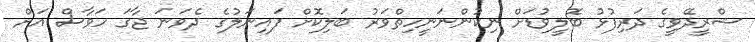
ޝްރީދޭވީގެ ދަރިފުޅު ބޮލީވުޑަށް ނިކުންނަނީހިތްވަރު ބަލިކޮށް ފައިނަލުގެ ދެވަނަ ޖާގަ ހަވާސް އަށް